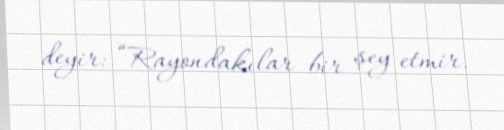
deyir: “Rayondakılar bir şey etmir.